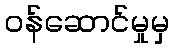
ဝန်ဆောင်မှုမှ